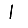
Digit: 1